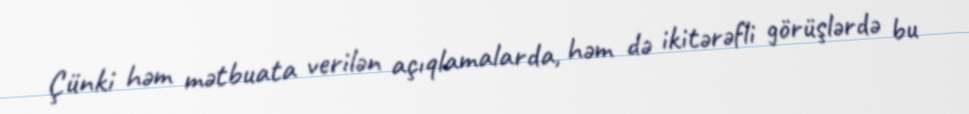
Çünki həm mətbuata verilən açıqlamalarda, həm də ikitərəfli görüşlərdə bu